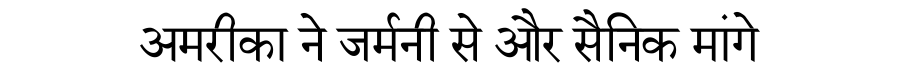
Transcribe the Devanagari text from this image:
अमरीका ने जर्मनी से और सैनिक मांगे